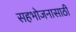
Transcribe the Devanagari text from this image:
सहभोजनासाठी